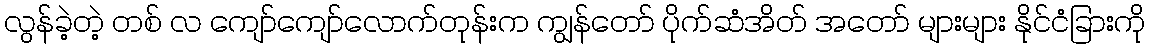
လွန်ခဲ့တဲ့ တစ် လ ကျော်ကျော်လောက်တုန်းက ကျွန်တော် ပိုက်ဆံအိတ် အတော် များများ နိုင်ငံခြားကို